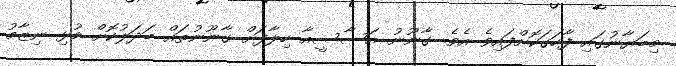
މިބަޔާނުގައި ފާހަގަަކޮށްފައިވެ އެވެ. ގާނޫނު އަސާސީއާ ހިލާފަށް ގާނޫނުތައް ބަދަލުކޮށް މުޅި ނިޒާމު